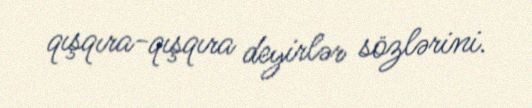
qışqıra-qışqıra deyirlər sözlərini.